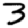
Digit: 3